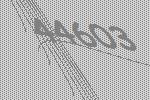
44603